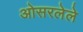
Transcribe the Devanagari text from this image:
ओसरलेले